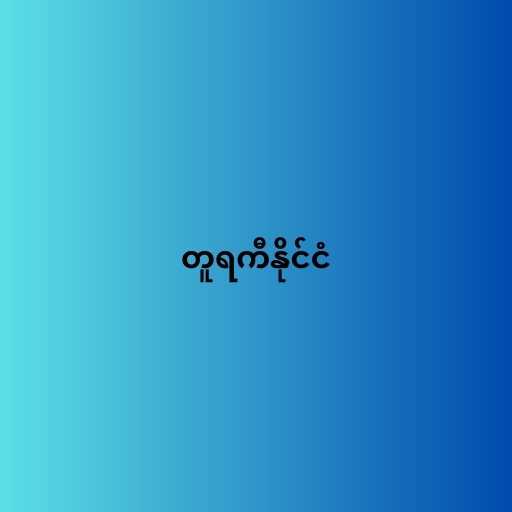
တူရကီနိုင်ငံ